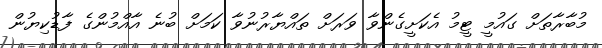
މުބާރާތަށް ގައުމީ ޓީމު އެކަށީގެންވާ ވަރަށް ތައްޔާރުނުވާ ކަމަށް ބުނެ އާއްމުންގެ ފާޑުކިޔުން